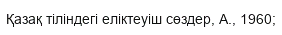
Қазақ тіліндегі еліктеуіш сөздер, А., 1960;